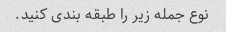
نوع جمله زیر را طبقه بندی کنید.